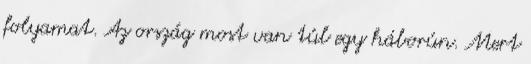
folyamat. Az ország most van túl egy háborún. Mert